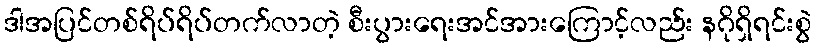
ဒါအပြင်တစ်ရိပ်ရိပ်တက်လာတဲ့ စီးပွားရေးအင်အားကြောင့်လည်း နဂိုရှိရင်းစွဲ